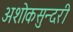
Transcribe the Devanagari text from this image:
अशोकसुन्दरी